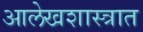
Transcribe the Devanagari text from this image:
आलेखशास्त्रात